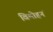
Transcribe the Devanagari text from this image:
विमोहनं